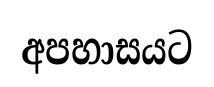
අපහාසයට